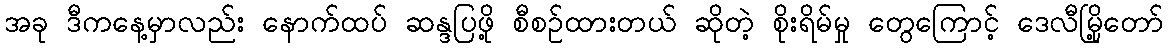
အခု ဒီကနေ့မှာလည်း နောက်ထပ် ဆန္ဒပြဖို့ စီစဉ်ထားတယ် ဆိုတဲ့ စိုးရိမ်မှု တွေကြောင့် ဒေလီမြို့တော်